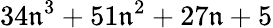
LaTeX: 34\mathfrak{n}^{3}+51\mathfrak{n}^{2}+27\mathfrak{n}+5